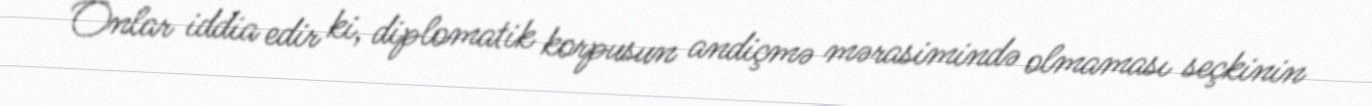
Onlar iddia edir ki, diplomatik korpusun andiçmə mərasimində olmaması seçkinin